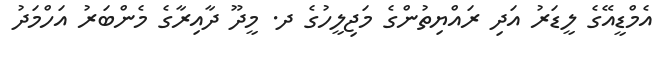
އެމްޑީއޭގެ ލީޑަރު އަދި ރައްޔިތުންގެ މަޖިލީހުގެ ދ. މީދޫ ދާއިރާގެ މެންބަރު އަހްމަދު